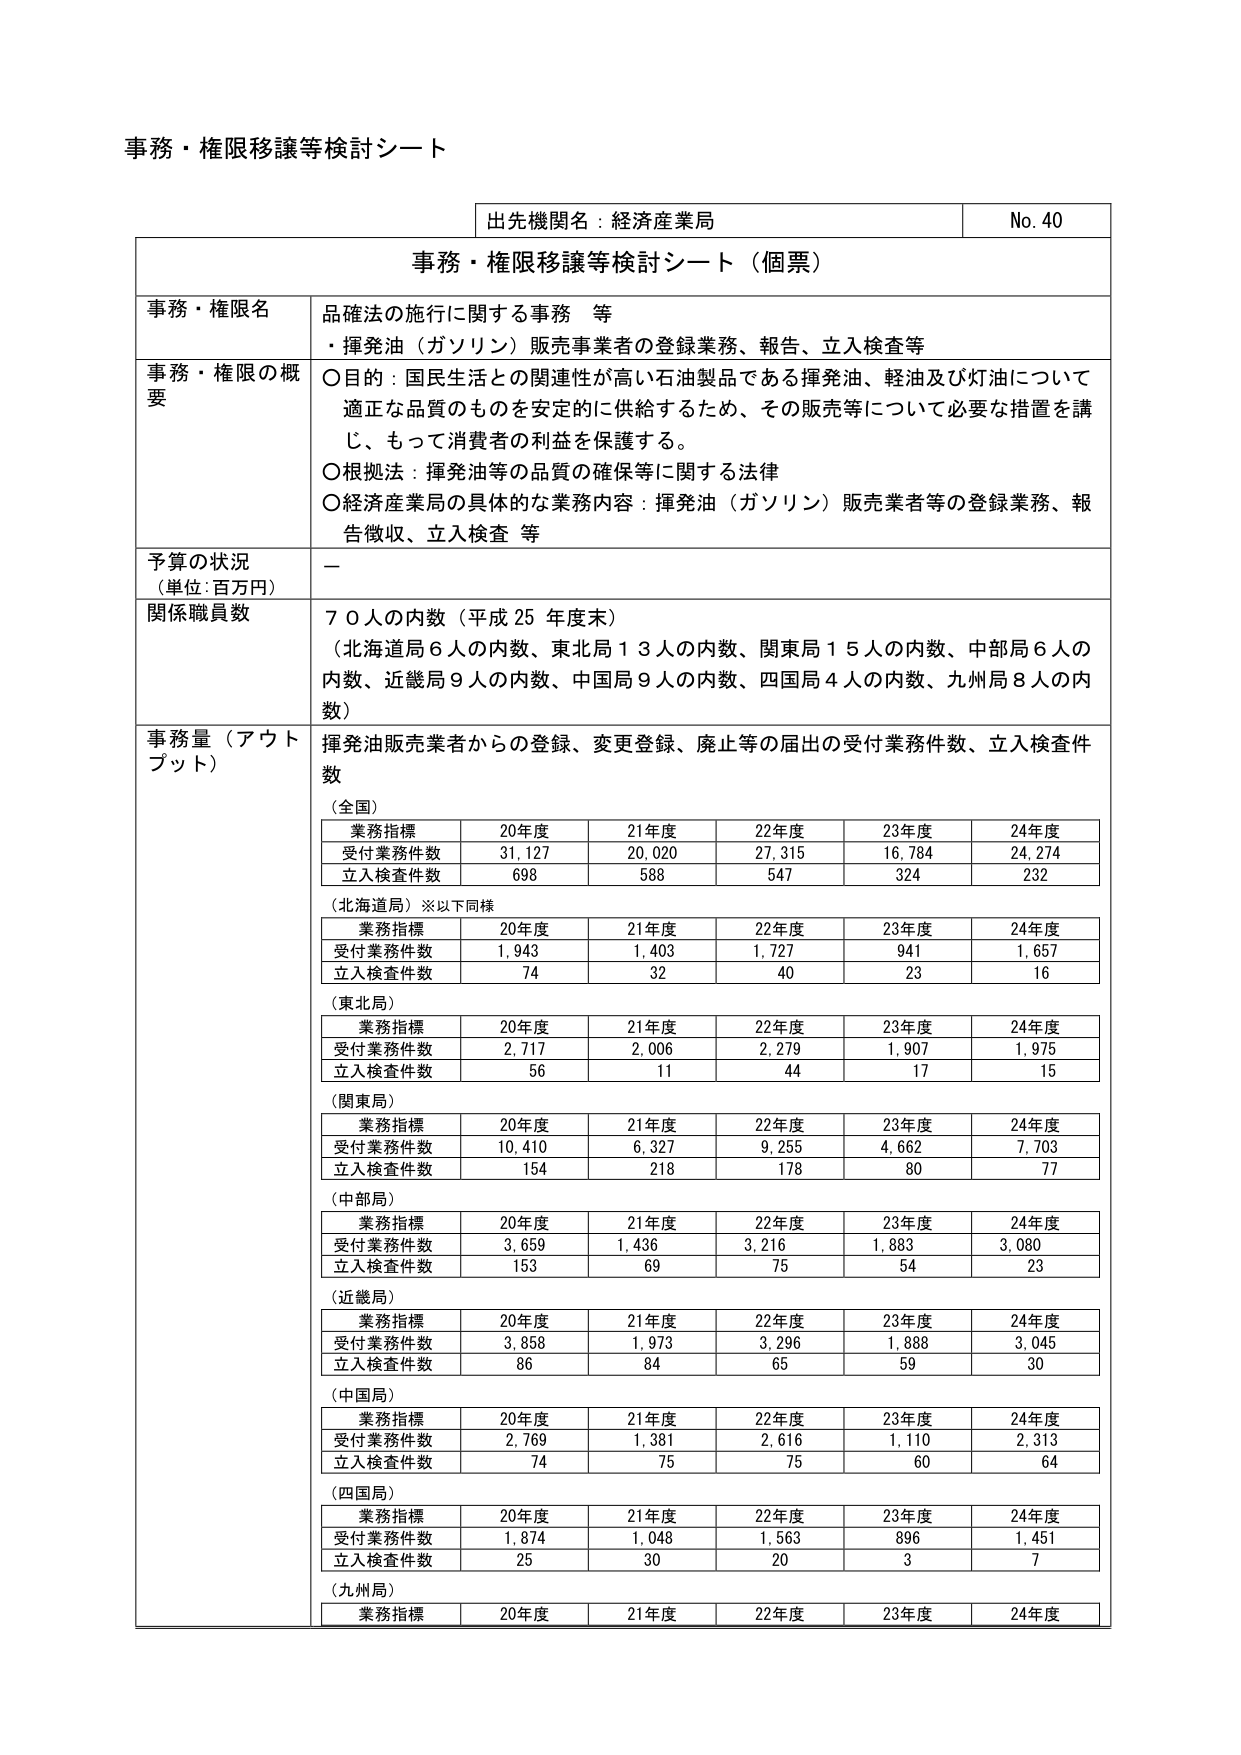
事務・権限移譲等検討シート

出先機関名：経済産業局